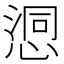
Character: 𢞉